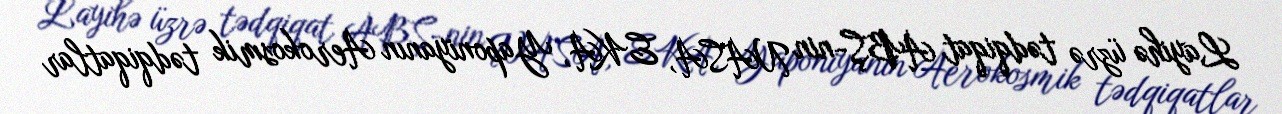
Layihə üzrə tədqiqat ABŞ-nin NASA, EKA, Yaponiyanın Aerokosmik tədqiqatlar